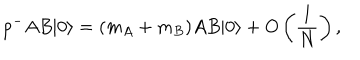
LaTeX: p ^ { - } A B | 0 \rangle = ( m _ { A } + m _ { B } ) A B | 0 \rangle + O \left( \frac { 1 } { N } \right) ,